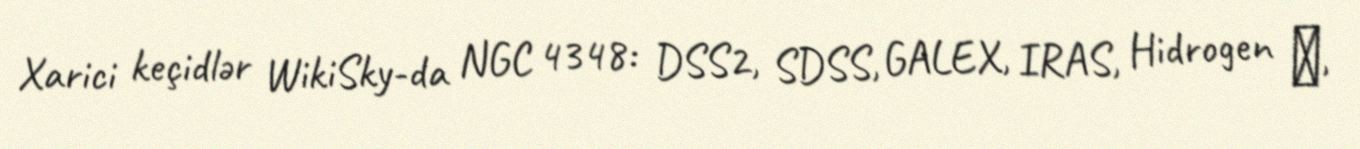
Xarici keçidlər WikiSky-da NGC 4348: DSS2, SDSS, GALEX, IRAS, Hidrogen α,